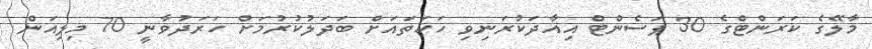
މާލޭގެ ކަރަންޓްގެ 30 ޕަސެންޓް އިއާދަކުރަނިވި ހަކަތައަށް ބަދަލުކުރުމަށް ހަރަދުވާނީ 70 މިލިއަން